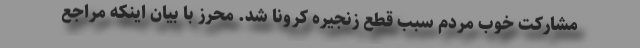
مشارکت خوب مردم سبب قطع زنجیره کرونا شد. محرز با بیان اینکه مراجع